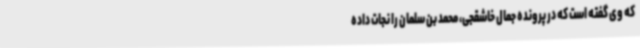
که وی گفته است که در پرونده جمال خاشقجی، محمد بن سلمان را نجات داده